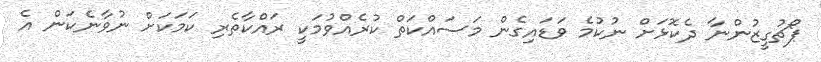
ޕޯޗުގީޒުންނާ ދެކޮޅަށް ނުކުމެ ވަޑައިގެން މަސައްކަތް ކުރެއްވުމަކީ ރައްކާތެރި ކަމަކަށް ނުވާނެކަން އެ